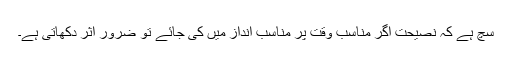
سچ ہے کہ نصیحت اگر مناسب وقت پر مناسب انداز میں کی جائے تو ضرور اثر دکھاتی ہے۔